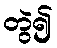
တွဲ၍